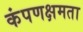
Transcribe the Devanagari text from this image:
कंपणक्षमता